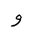
Letter: _waw